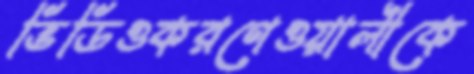
ভিডিওকরণেওয়ালীকে